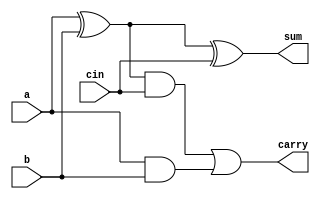
module full_adder(input a,
                  input b,
                  input cin,
                  output sum,
                  output carry);
  wire w1,w2,w3;
  xor xor1(w1,a,b);
  and and1(w2,a,b);
  and and2(w3,w1,cin);
  xor xor2(sum,w1,cin);
  or  or1(carry,w3,w2);
endmodule